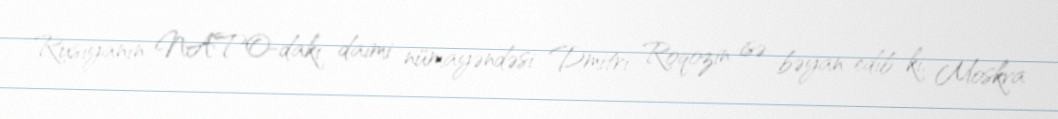
Rusiyanın NATO-dakı daimi nümayəndəsi Dmitri Roqozin isə bəyan edib ki, Moskva